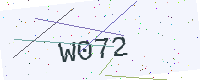
Text: W072